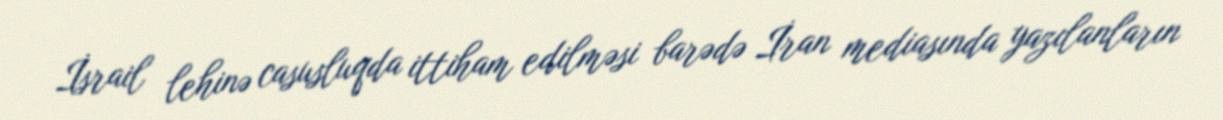
İsrail lehinə casusluqda ittiham edilməsi barədə İran mediasında yazılanların